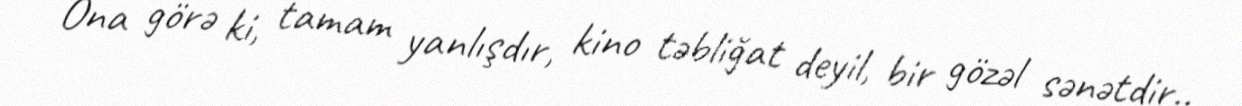
Ona görə ki, tamam yanlışdır, kino təbliğat deyil, bir gözəl sənətdir..